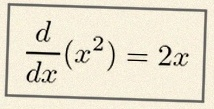
\frac{d}{dx}(x^2)=2x